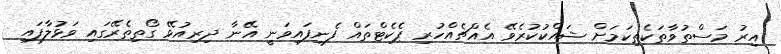
އިރު މަސްތުވާތަކެތިކަމަށް ޝައްކުކުރެވޭ އެއްޗެއްހުރި ޕެކެޓްތައް ފެނިފައިވަނީ އޭނާ ދިރިއުޅޭ ގޯތިތެރޭގައި ވަޅުލާފައި